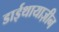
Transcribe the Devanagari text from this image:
डाईथायाज़ीन